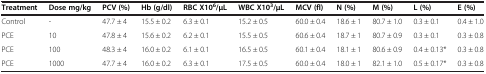
| Treatment | Dose mg/kg | PCV (%) | Hb (g/dl) | RBC X106/μL | WBC X103/μL | MCV (fl) | N (%) | M (%) | L (%) | E (%) |
 | --- | --- | --- | --- | --- | --- | --- | --- | --- | --- | --- |
 | Control | - | 47.7 ± 4 | 15.5 ± 0.2 | 6.3 ± 0.1 | 15.2 ± 0.5 | 60.0 ± 0.4 | 18.6 ± 1 | 80.7 ± 1.0 | 0.3 ± 0.1 | 0.4 ± 1.0 |
 | PCE | 10 | 47.8 ± 4 | 15.6 ± 0.2 | 6.2 ± 0.1 | 15.5 ± 0.5 | 60.6 ± 0.4 | 18.7 ± 1 | 80.7 ± 0.9 | 0.3 ± 0.1 | 0.3 ± 0.8 |
 | PCE | 100 | 48.3 ± 4 | 16.0 ± 0.2 | 6.1 ± 0.1 | 16.5 ± 0.5 | 60.1 ± 0.4 | 18.1 ± 1 | 80.6 ± 0.9 | 0.4 ± 0.13* | 0.3 ± 0.8 |
 | PCE | 1000 | 47.7 ± 4 | 16.0 ± 0.2 | 6.3 ± 0.1 | 17.5 ± 0.5 | 60.0 ± 0.4 | 18.0 ± 1 | 82.1 ± 1.0 | 0.5 ± 0.17* | 0.3 ± 0.8 |